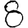
Digit: 8